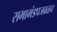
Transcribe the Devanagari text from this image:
सभामंडपजवळच